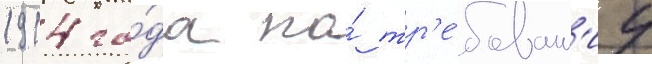
1914 го́да по́ тр'е́бован'иу